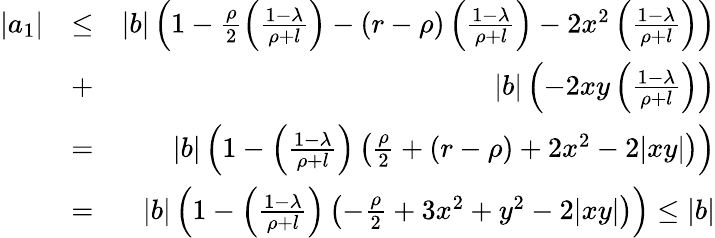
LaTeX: \begin{array}{rlr}{|a_{1}|}&{\leq}&{|b|\left(1-\frac{\rho}{2}\left(\frac{1-\lambda}{\rho+l}\right)-(r-\rho)\left(\frac{1-\lambda}{\rho+l}\right)-2x^{2}\left(\frac{1-\lambda}{\rho+l}\right)\right)}\\ &{+}&{|b|\left(-2xy\left(\frac{1-\lambda}{\rho+l}\right)\right)}\\ &{=}&{|b|\left(1-\left(\frac{1-\lambda}{\rho+l}\right)\left(\frac{\rho}{2}+(r-\rho)+2x^{2}-2|xy|\right)\right)}\\ &{=}&{|b|\left(1-\left(\frac{1-\lambda}{\rho+l}\right)\left(-\frac{\rho}{2}+3x^{2}+y^{2}-2|xy|\right)\right)\leq|b|}\end{array}